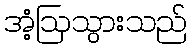
အံ့ဩသွားသည်